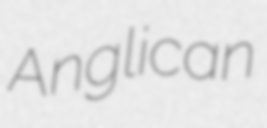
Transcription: Anglican